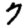
Digit: 7